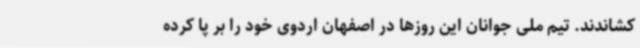
کشاندند. تیم ملی جوانان این روزها در اصفهان اردوی خود را بر پا کرده